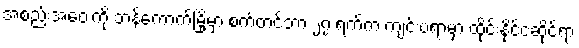
အစည်းအဝေးကို ဘန်ကောက်မြို့မှာ စက်တင်ဘာ ၂၇ ရက်က ကျင်းပရာမှာ ထိုင်းနိုင်ငံဆိုင်ရာ